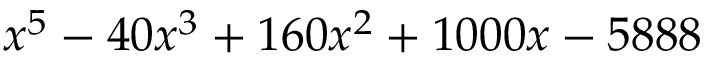
x ^ { 5 } - 4 0 x ^ { 3 } + 1 6 0 x ^ { 2 } + 1 0 0 0 x - 5 8 8 8